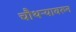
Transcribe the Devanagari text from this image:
चौथऱ्यावरुन